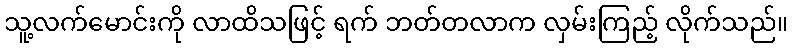
သူ့လက်မောင်းကို လာထိသဖြင့် ရက် ဘတ်တလာက လှမ်းကြည့် လိုက်သည်။